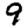
Digit: 9